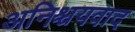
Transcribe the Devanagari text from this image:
अनिश्चयवाद